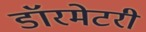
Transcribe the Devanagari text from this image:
डॉरमेटरी